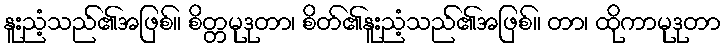
နူးညံ့သည်၏အဖြစ်။ စိတ္တမုဒုတာ၊ စိတ်၏နူးညံ့သည်၏အဖြစ်။ တာ၊ ထိုကာမုဒုတာ